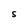
Character: S